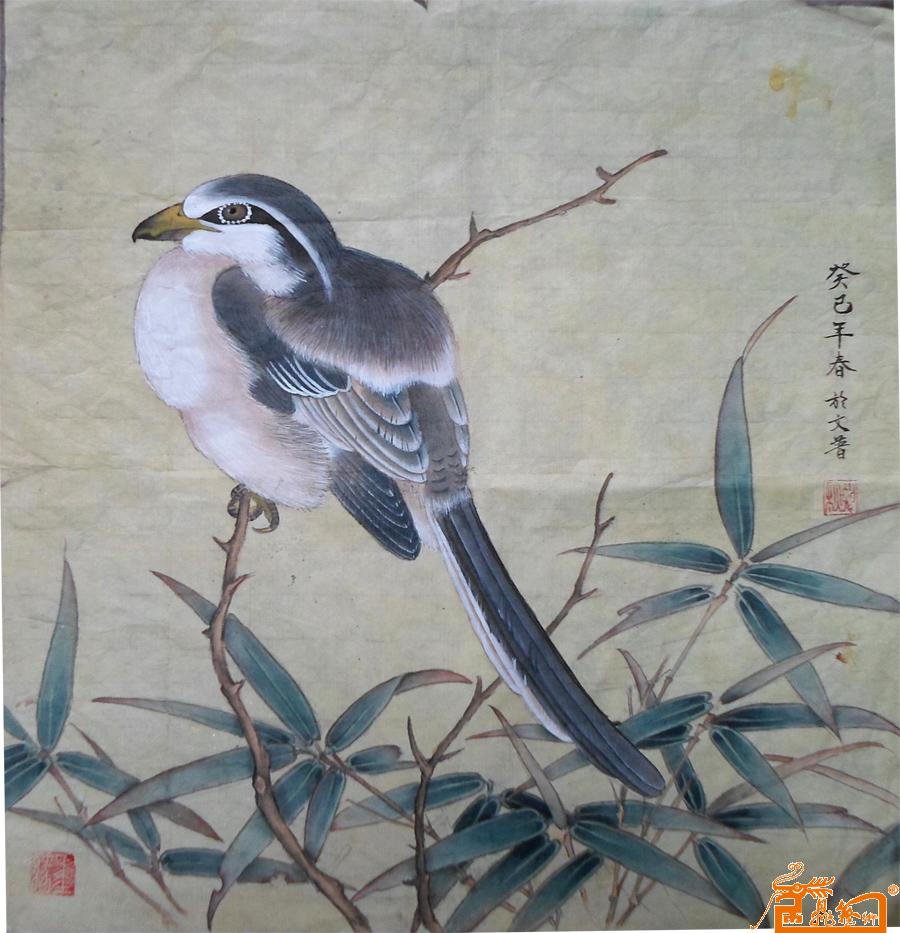
一帘鸠外雨，几处闲田，隔水动春锄。